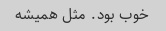
خوب بود. مثل همیشه